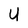
Character: U